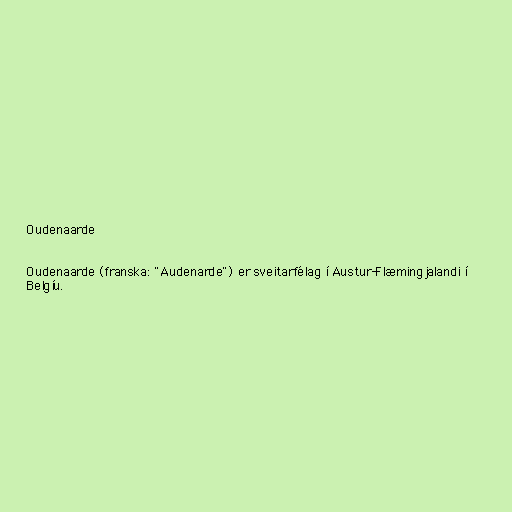
Oudenaarde

Oudenaarde (franska: "Audenarde") er sveitarfélag í Austur-Flæmingjalandi í
Belgíu.